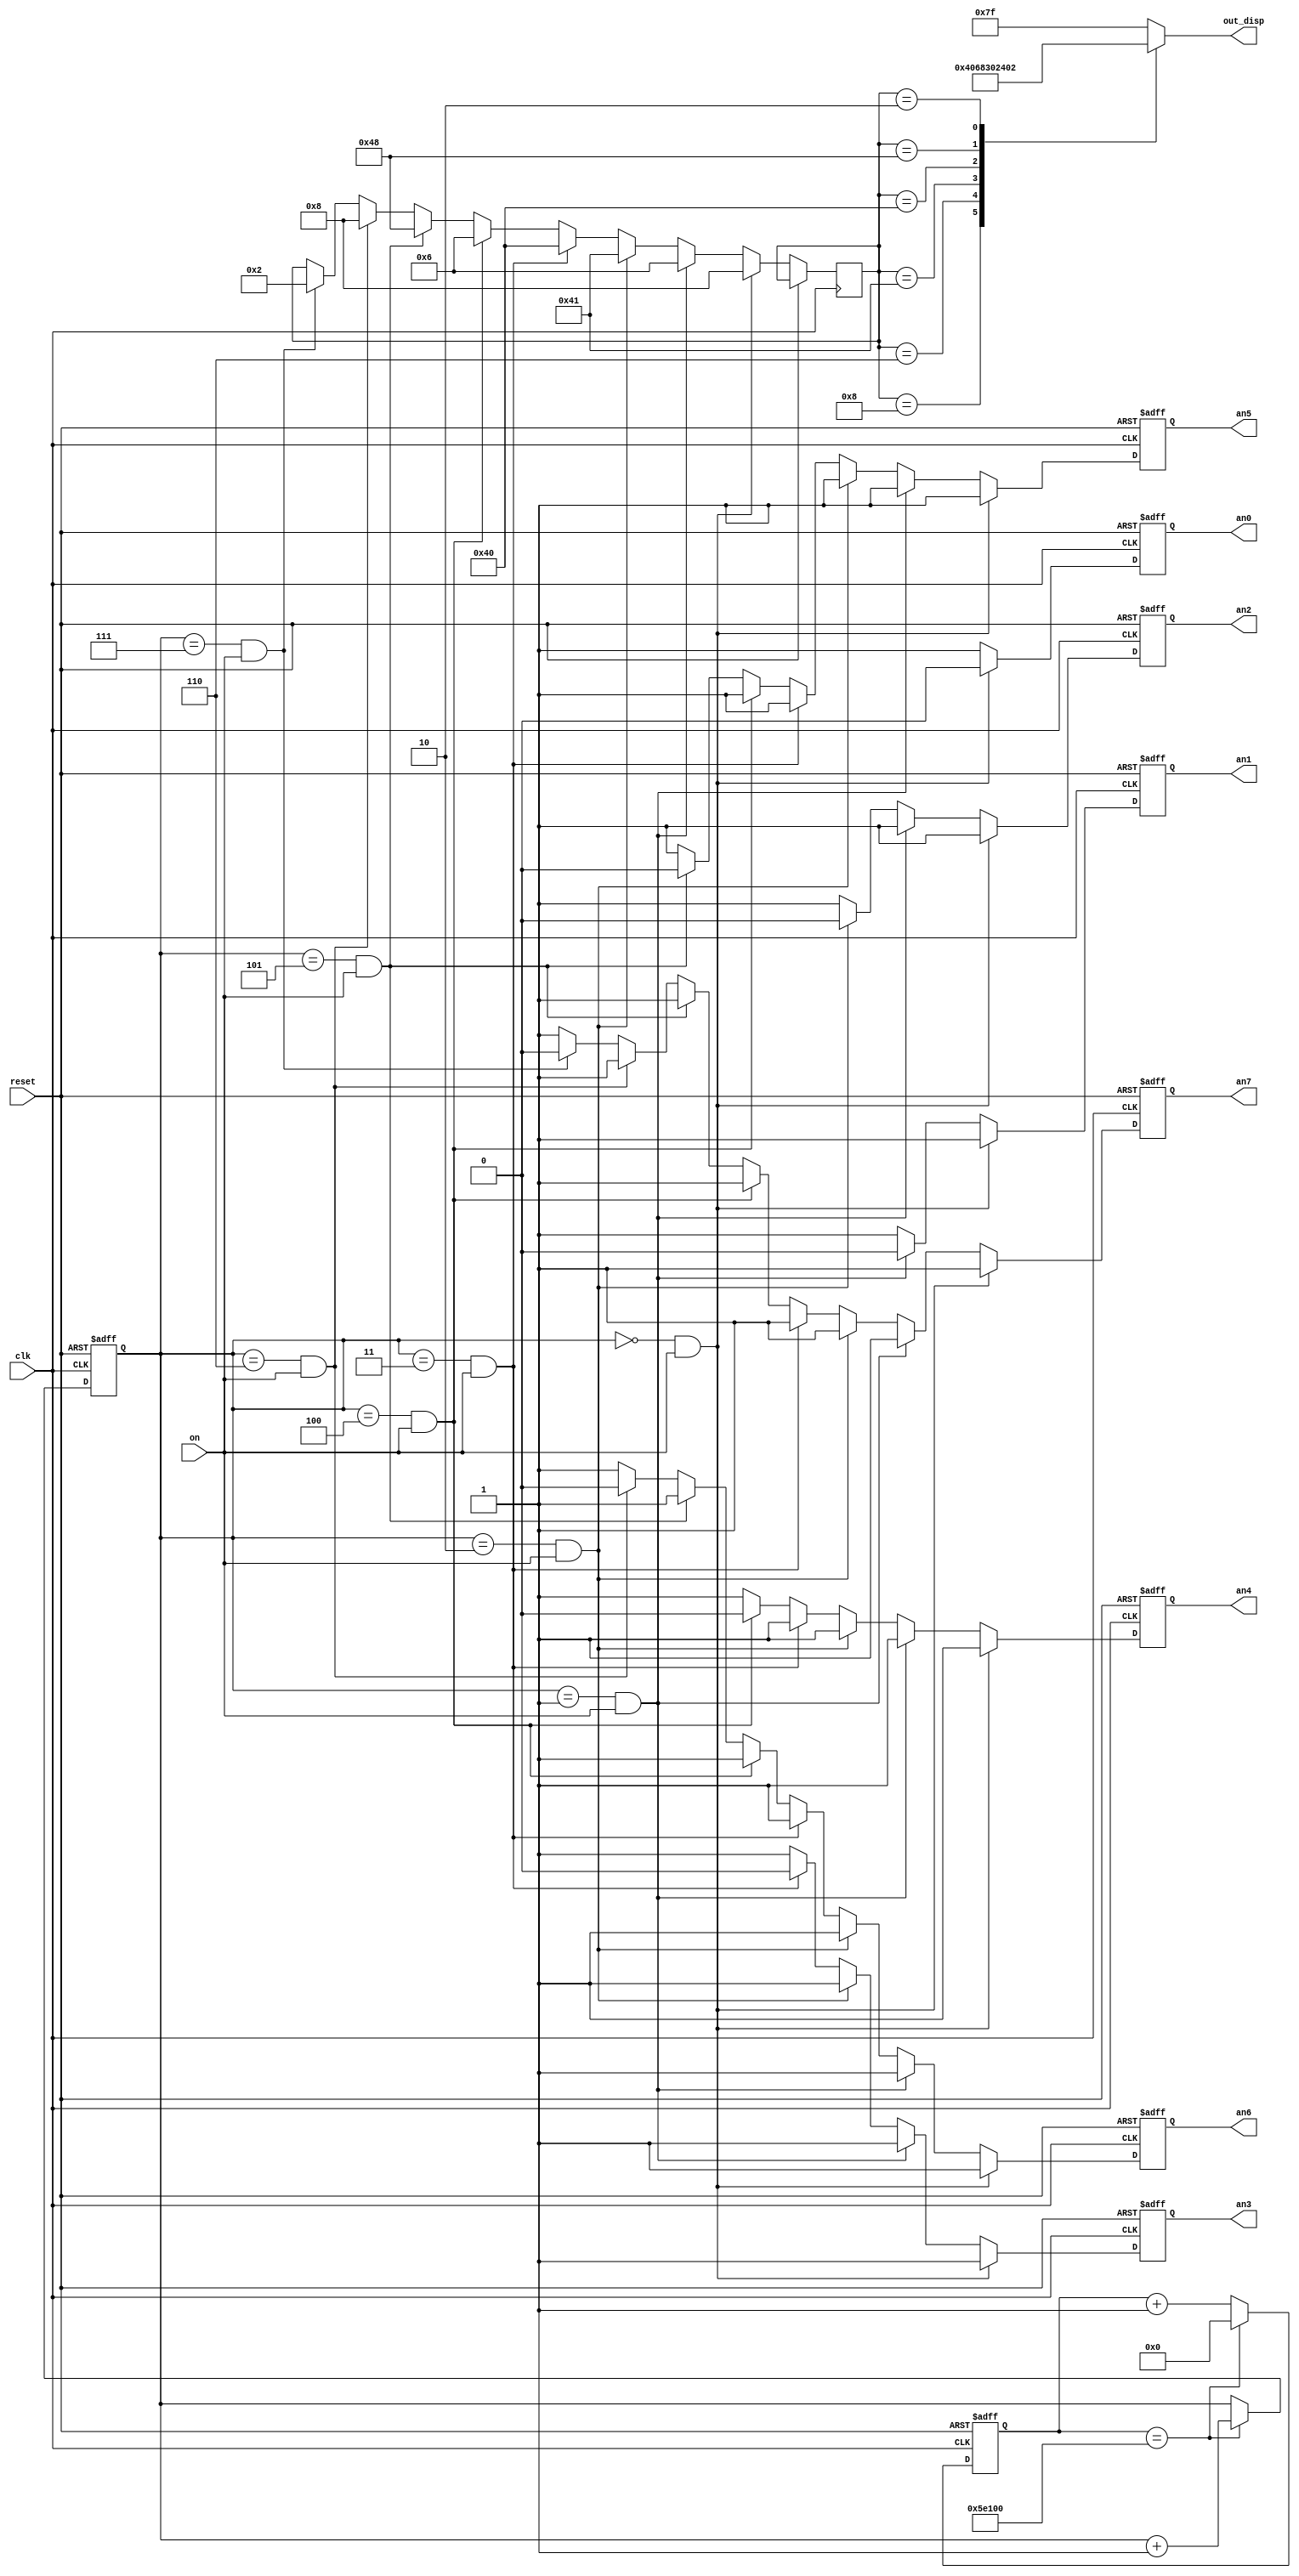
`timescale 1ns / 1ps
//////////////////////////////////////////////////////////////////////////////////
// Company: 
// 
// Design Name: 
// Module Name: dis_loser
// Project Name: 
// Target Devices: 
// Tool Versions: 
// Description: 
// 
// Dependencies: 
// 
// Revision:
// Revision 0.01 - File Created
// Additional Comments:
// 
//////////////////////////////////////////////////////////////////////////////////


module dis_loser(

	input wire clk, reset,on,
	output reg an0,an1,an2,an3,an4,an5,an6,an7,
	output reg [6:0] out_disp
    );
	reg an00, an11, an22, an33;
	reg [6:0] reg_disp;
	reg [26:0] count1;
	reg [2:0] count2;
	reg [2:0] count;
	
	
	 //contador

//contador1
	always @ (posedge clk or posedge reset)
	
		if (reset)
			begin
				count1<=0;
				
			end
		else
			begin
				if (count1==27'b000000001011110000100000000)
					count1<=27'b000000000000000000000000000;
				else 
					count1<=count1 + 27'b000000000000000000000000001;
			end


//contador2	
	always @ (posedge clk or posedge reset)

		if (reset) 
			begin
				count2 <= 3'b000;
			end 
		else 
			begin
				if (count1==27'b000000001011110000100000000)
					count2 <= count2 + 3'b001;
				//else if ( count2 == 2'b11)
					//begin
				//		count2 <= 2'b00;
				//		count2 <= count2 + 2'b01;
					//end
			end
	
// modulo salida de encendido display	

   always @(posedge clk or posedge reset)
		if (reset)
			begin
				an0 <= 1'b1;
				an1 <= 1'b1;
				an2 <= 1'b1;
				an3 <= 1'b1;
				an4 <= 1'b1;
                an5 <= 1'b1;
                an6 <= 1'b1;
                an7 <= 1'b1;
			end
			
      else 
			if(count2 == 3'b000 && on==1'b1)
				begin
					an0 <= 1'b0;
					an1 <= 1'b1;
					an2 <= 1'b1;
					an3 <= 1'b1;
					an4 <= 1'b1;
                    an5 <= 1'b1;
                    an6 <= 1'b1;
                    an7 <= 1'b1;
					reg_disp[6:0] = 7'b0001000;

				end
			else 
				if (count2 == 3'b001 && on==1'b1)
					begin
					
						an0 <= 1'b1;
						an1 <= 1'b0;
						an2 <= 1'b1;
						an3 <= 1'b1;
						an4 <= 1'b1;
                        an5 <= 1'b1;
                        an6 <= 1'b1;
                        an7 <= 1'b1;
						//out_disp[6:0] = 7'b1111001;
						//reg_disp[7:0] = 8'b00111110;
						reg_disp[6:0] = 7'b0000110;
					end
                else 
                    if (count2 == 3'b010 && on==1'b1)
                        begin
                            an0 <= 1'b1;
                            an1 <= 1'b1;
                            an2 <= 1'b0;
                            an3 <= 1'b1;
                            an4 <= 1'b1;
                            an5 <= 1'b1;
                            an6 <= 1'b1;
                            an7 <= 1'b1;
                            //reg_disp[7:0] = 8'b01000110;
                            //out_disp[6:0] =7'b1111000;
                            reg_disp[6:0] = 7'b1000001;
                        end
                    else
                        if (count2 == 3'b011 && on==1'b1)
                            begin
                                an0 <= 1'b1;
                                an1 <= 1'b1;
                                an2 <= 1'b1;
                                an3 <= 1'b0;
                                an4 <= 1'b1;
                                an5 <= 1'b1;
                                an6 <= 1'b1;
                                an7 <= 1'b1;
                                //reg_disp[7:0] = 8'b00111101;
                                //out_disp[6:0] = 7'b0110000;
                                reg_disp[6:0] = 7'b1000000;
                            end
                        else
                            if (count2 == 3'b100 && on==1'b1)
                                begin
                                    an0 <= 1'b1;
                                    an1 <= 1'b1;
                                    an2 <= 1'b1;
                                    an3 <= 1'b1;
                                    an4 <= 1'b0;
                                    an5 <= 1'b1;
                                    an6 <= 1'b1;
                                    an7 <= 1'b1;
                                    //reg_disp[7:0] = 8'b00111101;
                                    //out_disp[6:0] = 7'b0110000;
                                    reg_disp[6:0] = 7'b0000110;
                                end
                            else
                                if (count2 == 3'b101 && on==1'b1)
                                    begin
                                        an0 <= 1'b1;
                                        an1 <= 1'b1;
                                        an2 <= 1'b1;
                                        an3 <= 1'b1;
                                        an4 <= 1'b1;
                                        an5 <= 1'b0;
                                        an6 <= 1'b1;
                                        an7 <= 1'b1;
                                        reg_disp[6:0] = 7'b1001000;
                                    //reg_disp[7:0] = 8'b00111101;
                                    //out_disp[6:0] = 7'b0110000;
                                    end

                                 else
                                      if (count2 == 3'b110 && on==1'b1)
                                           begin
                                               an0 <= 1'b1;
                                               an1 <= 1'b1;
                                               an2 <= 1'b1;
                                               an3 <= 1'b1;
                                               an4 <= 1'b1;
                                               an5 <= 1'b1;
                                               an6 <= 1'b0;
                                               an7 <= 1'b1;
                                               reg_disp[6:0] = 7'b0001000;
                                               //reg_disp[7:0] = 8'b00111101;
                                               //out_disp[6:0] = 7'b0110000;
                                           end
                                    else
                                        if (count2 == 3'b111 && on==1'b1)
                                            begin
                                              an0 <= 1'b1;
                                              an1 <= 1'b1;
                                              an2 <= 1'b1;
                                              an3 <= 1'b1;
                                              an4 <= 1'b1;
                                              an5 <= 1'b1;
                                              an6 <= 1'b1;
                                              an7 <= 1'b0;
                                              reg_disp[6:0] = 7'b0000010;
                                      //reg_disp[7:0] = 8'b00111101;
                                      //out_disp[6:0] = 7'b0110000;
                                            end
                                        else
                                            begin
                                                an0 <= 1'b1;
                                                an1 <= 1'b1;
                                                an2 <= 1'b1;
                                                an3 <= 1'b1;
                                                an4 <= 1'b1;
                                                an5 <= 1'b1;
                                                an6 <= 1'b1;
                                                an7 <= 1'b1;
                                            end
                                        
                                
	always @*
		begin
			case (reg_disp)                 // gfedcba
				7'b0001000: out_disp[6:0] = 7'b0001000; //R
				7'b0000110: out_disp[6:0] = 7'b0000110; //E
				7'b1000001: out_disp[6:0] = 7'b1000001; //V
				7'b1000000: out_disp[6:0] = 7'b1000000; //O
				7'b0000110: out_disp[6:0] = 7'b0000110; //E
				7'b1001000: out_disp[6:0] = 7'b1001000; //M
				7'b0001000: out_disp[6:0] = 7'b0001000; //A
				7'b0000010: out_disp[6:0] = 7'b0000010; //G
				default: out_disp[6:0] = 7'b1111111;
			endcase
		end
endmodule